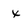
Character: x